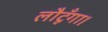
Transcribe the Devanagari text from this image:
लौटूँगा।